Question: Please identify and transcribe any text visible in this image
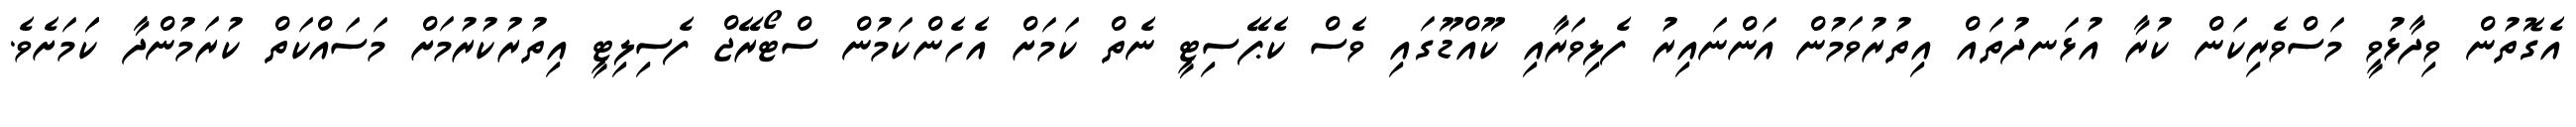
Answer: އެގޮތުން ވިދާޅުވީ މަސްވެރިކަން ކުރާ އުޅަނދުތައް އިތުރުވަމުން އަންނައިރު ފެލިވަރާއި ކޫއްޑޫގައި ވެސް ކެޕޭސިޓީ ނެތް ކަމަށް އެހެންކަމުން ސްޓޯރޭޖް ފެސިލިޓީ އިތުރުކުރުމަށް މަސައްކަތް ކުރަމުންދާ ކަަމަށެވެ.